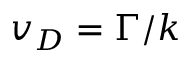
v _ { D } = \Gamma / k